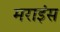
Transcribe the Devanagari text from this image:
मराइंस